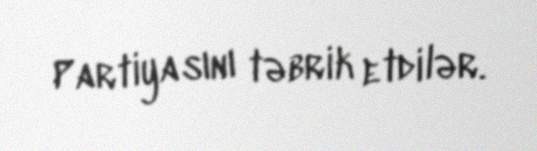
Partiyasını təbrik etdilər.